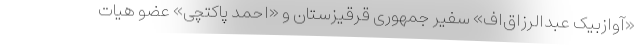
«آوازبیک عبدالرزاق‌اف» سفیر جمهوری قرقیزستان و «احمد پاکتچی» عضو هیات